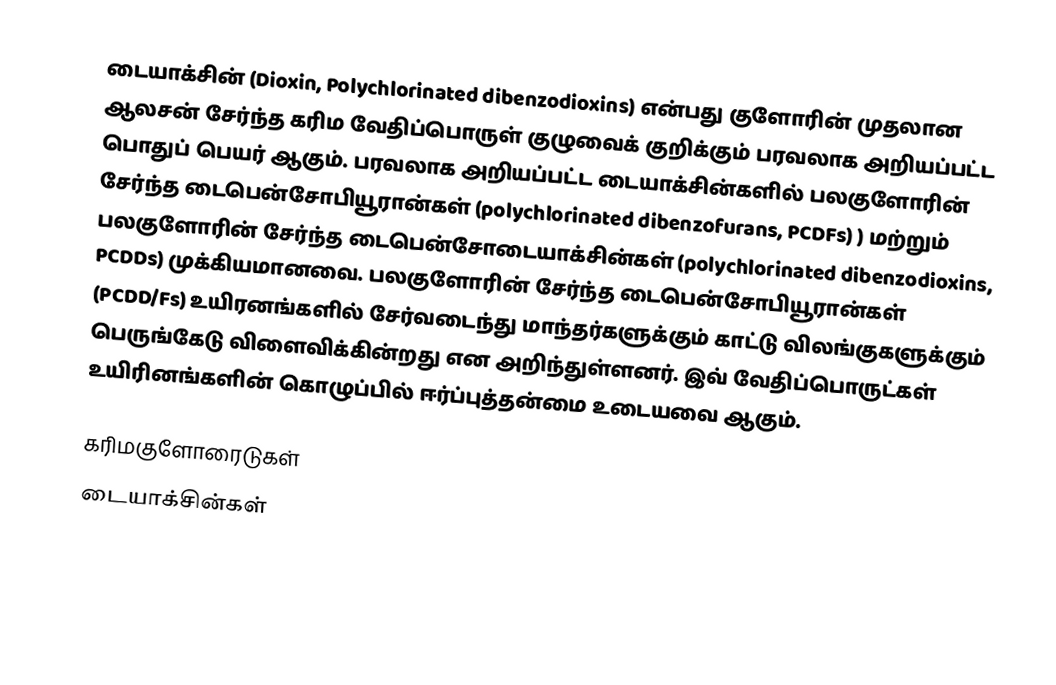
டையாக்சின் (Dioxin, Polychlorinated dibenzodioxins) என்பது குளோரின் முதலான ஆலசன் சேர்ந்த கரிம வேதிப்பொருள் குழுவைக் குறிக்கும் பரவலாக அறியப்பட்ட பொதுப் பெயர் ஆகும். பரவலாக அறியப்பட்ட டையாக்சின்களில் பலகுளோரின் சேர்ந்த டைபென்சோபியூரான்கள் (polychlorinated dibenzofurans, PCDFs) ) மற்றும் பலகுளோரின் சேர்ந்த டைபென்சோடையாக்சின்கள் (polychlorinated dibenzodioxins, PCDDs) முக்கியமானவை. பலகுளோரின் சேர்ந்த டைபென்சோபியூரான்கள் (PCDD/Fs) உயிரனங்களில் சேர்வடைந்து மாந்தர்களுக்கும் காட்டு விலங்குகளுக்கும் பெருங்கேடு விளைவிக்கின்றது என அறிந்துள்ளனர். இவ் வேதிப்பொருட்கள் உயிரினங்களின் கொழுப்பில் ஈர்ப்புத்தன்மை உடையவை ஆகும்.

கரிமகுளோரைடுகள்
டையாக்சின்கள்